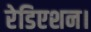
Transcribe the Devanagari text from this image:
रेडिएशन।